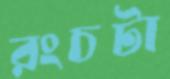
রংচটা